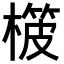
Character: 𣙨